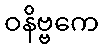
ဝနိဗ္ဗကေ